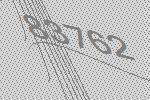
83762